Annual report of the Imperial Bacteriological Laboratory, Muktesar
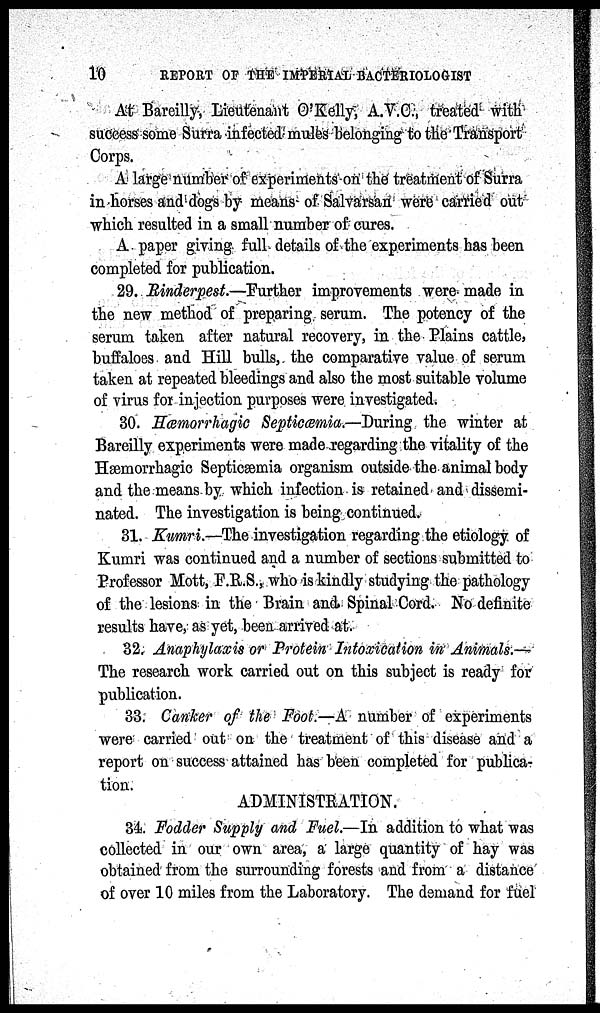
10
REPORT OF THE IMPERIAL BACTERIOLOGIST
At Bareilly, Lieutenant O'Kelly, A.V.C., treated with
success some Surra infected mules belonging to the Transport
Corps.
A large number of experiments on the treatment of Surra
in horses and dogs by means of Salvarsan were carried out
which resulted in a small number of cures.
A paper giving full details of the experiments has been
completed for publication.
29. Rinderpest.—Further improvements were made in
the new method of preparing serum. The potency of the
serum taken after natural recovery, in the Plains cattle,
buffaloes and Hill bulls, the comparative value of serum
taken at repeated bleedings and also the most suitable volume
of virus for injection purposes were investigated.
30. Hæmorrhagic Septiæmia.—During the winter at
Bareilly experiments were made regarding the vitality of the
Hæmorrhagic Septicæmia organism outside the animal body
and the means by which infection is retained and dissemi-
nated. The investigation is being continued.
31. Kumri.—The investigation regarding the etiology of
Kumri was continued and a number of sections submitted to
Professor Mott, F.R.S., who is kindly studying the pathology
of the lesions in the Brain and Spinal Cord. No definite
results have, as yet, been arrived at.
32. Anaphylaxis or Protein Intoxication in Animals.-
The research work carried out on this subject is ready for
publication.
33. Canker of the Foot.—A number of experiments
were carried out on the treatment of this disease and a
report on success attained has been completed for publica¬
tion.
ADMINISTRATION.
34. Fodder Supply and Fuel.—In addition to what was
collected in our own area, a large quantity of hay was
obtained from the surrounding forests and from a distance
of over 10 miles from the Laboratory. The demand for fuel